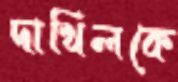
দাখিলকে